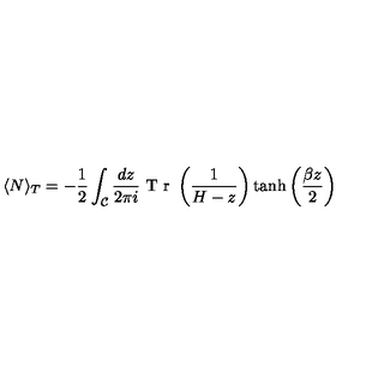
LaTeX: \langle N \rangle _ { T } = - \frac { 1 } { 2 } \int _ { \mathcal { C } } \frac { d z } { 2 \pi i } \textrm { T r } \left( \frac { 1 } { H - z } \right) \tanh \left( \frac { \beta z } { 2 } \right)